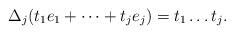
LaTeX: \begin{align*}\Delta_j(t_1 e_1 + \dots + t_j e_j) = t_1 \dots t_j.\end{align*}